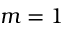
m = 1